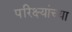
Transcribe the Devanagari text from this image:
परिक्ष्यांच्या